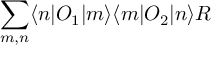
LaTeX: \sum _ { m , n } \langle n | O _ { 1 } | m \rangle \langle m | O _ { 2 } | n \rangle { \cal R }